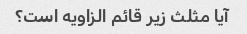
آیا مثلث زیر قائم الزاویه است؟